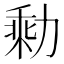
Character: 𰀭